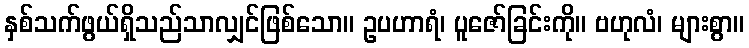
နှစ်သက်ဖွယ်ရှိသည်သာလျှင်ဖြစ်သော။ ဥပဟာရံ၊ ပူဇော်ခြင်းကို။ ဗဟုလံ၊ များစွာ။